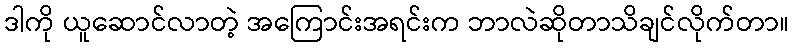
ဒါကို ယူဆောင်လာတဲ့ အကြောင်းအရင်းက ဘာလဲဆိုတာသိချင်လိုက်တာ။